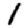
Digit: 1